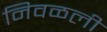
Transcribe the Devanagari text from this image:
निवळली